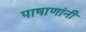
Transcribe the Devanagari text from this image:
पाषाणांनी